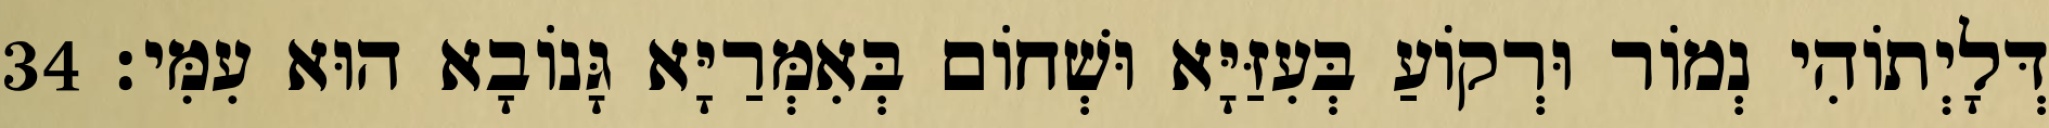
דְּלָיְתוֹהִי נְמוֹר וּרְקוֹעַ בְּעִזַּיָּא וּשְׁחוֹם בְּאִמְּרַיָּא גָּנוֹבָא הוּא עִמִּי׃ 34